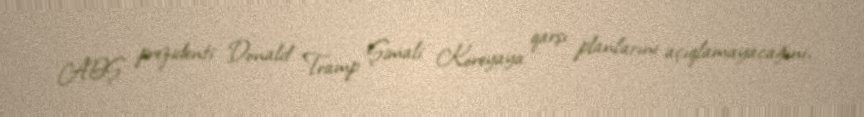
ABŞ prezidenti Donald Tramp Şimali Koreyaya qarşı planlarını açıqlamayacağını,